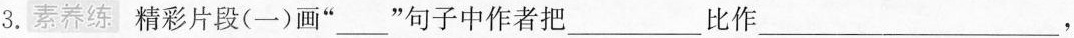
3.素养练 精彩片段(一)画”___”句子中作者把___比作___，